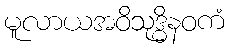
မူလာယအဝိသုဒ္ဓိနဝကံ